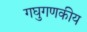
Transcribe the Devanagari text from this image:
गघुगणकीय